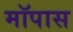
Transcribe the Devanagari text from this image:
मॉपास